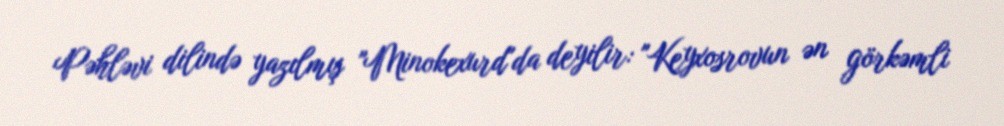
Pəhləvi dilində yazılmış "Minokexurd"da deyilir: "Keyxosrovun ən görkəmli